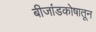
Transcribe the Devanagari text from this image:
बीजांडकोषातून